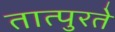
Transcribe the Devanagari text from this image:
तात्पुरतेे